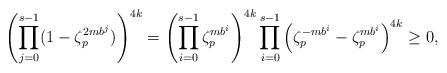
LaTeX: \begin{align*}\left(\prod\limits_{j=0}^{s-1}(1-\zeta_p^{2mb^j})\right)^{4k}=\left(\prod_{i=0}^{s-1}\zeta_p^{mb^i}\right)^{4k}\prod\limits_{i=0}^{s-1}\left(\zeta_p^{-mb^i}-\zeta_p^{mb^i}\right)^{4k}\geq 0,\end{align*}